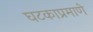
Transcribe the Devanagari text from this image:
घटकाप्रमाणे